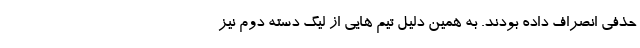
حذفی انصراف داده بودند. به همین دلیل تیم هایی از لیگ دسته دوم نیز